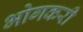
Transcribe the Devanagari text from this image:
भोगकरी